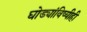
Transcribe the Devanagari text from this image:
घोड्यांविष्यीही